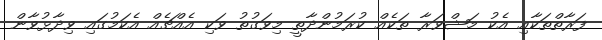
ފަރާތްތަކާއި އެކު މަޝްވަރާ ތަކެއް ކުރަމުންދާތީ މިވަގުތު ވަކި އެއްޗެއް އެކަމުގައި ވިދާޅުވާން